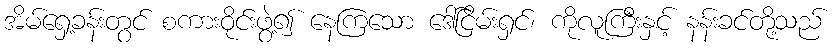
အိမ်ရှေ့ခန်းတွင် စကားဝိုင်းဖွဲ့၍ နေကြသော ဒေါ်ငြိမ်းရှင်၊ ကိုလူကြီးနှင့် နန်းခင်တို့သည်